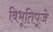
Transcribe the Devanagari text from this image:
विभूतिपूजे